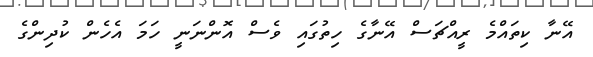
އޭނާ ކިތައްމެ ރީއްޗަސް އޭނާގެ ހިތުގައި ވެސް އޮންނަނީ ހަމަ އެހެން ކުދިންގެ